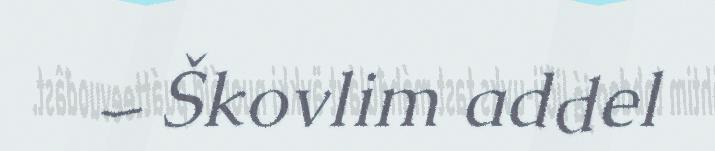
– Škovlim addel